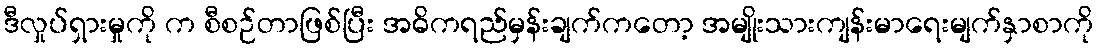
ဒီလှုပ်ရှားမှုကို က စီစဉ်တာဖြစ်ပြီး အဓိကရည်မှန်းချက်ကတော့ အမျိုးသားကျန်းမာရေးမျက်နှာစာကို